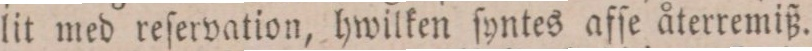
lit med reſervation, hwilken ſyntes affe återremiß.